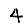
Digit: 4